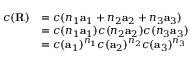
{ \begin{array} { r l } { c ( \mathbf { R } ) } & { = c ( n _ { 1 } \mathbf { a } _ { 1 } + n _ { 2 } \mathbf { a } _ { 2 } + n _ { 3 } \mathbf { a } _ { 3 } ) } \\ & { = c ( n _ { 1 } \mathbf { a } _ { 1 } ) c ( n _ { 2 } \mathbf { a } _ { 2 } ) c ( n _ { 3 } \mathbf { a } _ { 3 } ) } \\ & { = c ( \mathbf { a } _ { 1 } ) ^ { n _ { 1 } } c ( \mathbf { a } _ { 2 } ) ^ { n _ { 2 } } c ( \mathbf { a } _ { 3 } ) ^ { n _ { 3 } } } \end{array} }